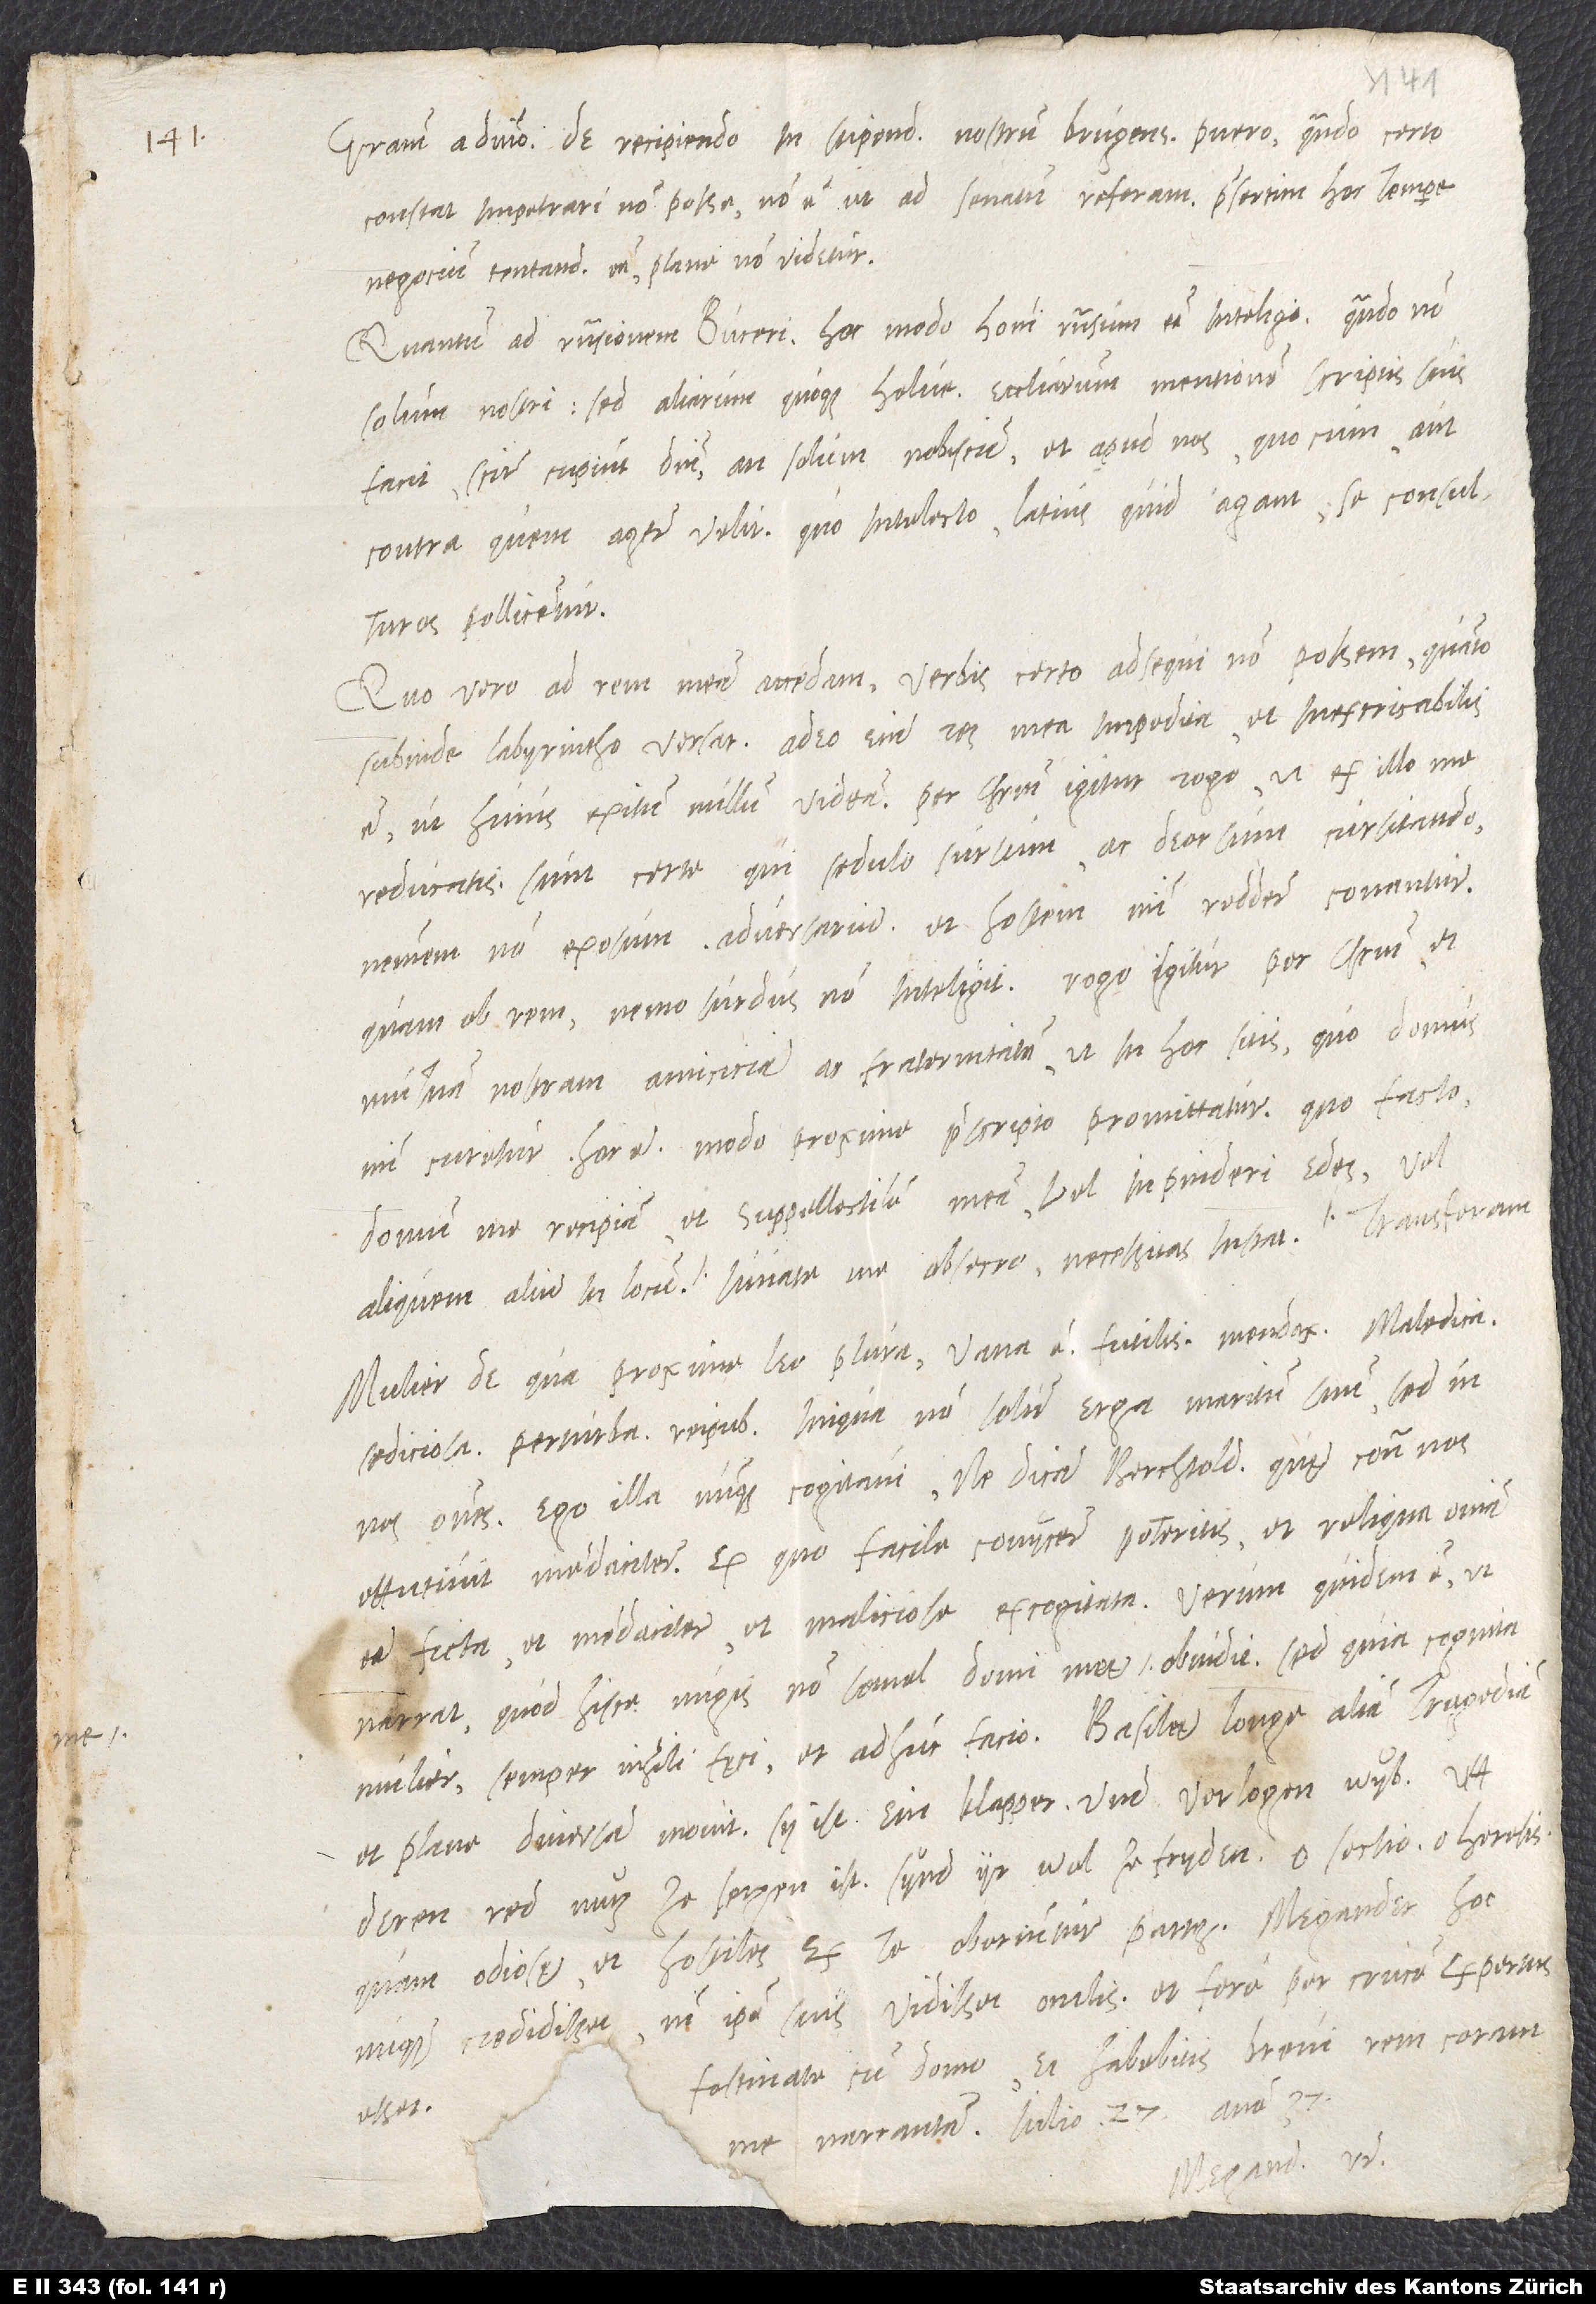
Gratiam a domino. De recipiendo in stipendium nostrum Brugense puero, quando certo
constat impetrari non posse, non est, ut ad senatum referam, praesertim hoc tempore.
Negocium tentandum esse plane non videtur.
Quantum ad responsionem Buceri, hoc modo homini responsum esse inteligo: Quando non
solum nostri, sed aliarum quoque Helve ecclesiarum mentionem scriptis suis
facit, scire cupiunt domini, an solum nobiscum et apud nos, quo cum aut
contra quem agere velit; quo intelecto latius, quid agant, se consulturos
Quo vero ad rem meam accedam: Verbis certo adsequi non possem, quanto
subinde labyrintho versat. Adeo enim res mea impedita et inextricabilis
est, ut huius exitum nullum videam. Per Christum igitur rogo, ut ex illo me
reducatis. Sunt certe, qui sedulo sursum ac deorsum cursitando
neminem non exosum adversarium et hostem mihi reddere conantur;
quam ob rem, nemo surdus non inteligit. Rogo igitur per Christum et
mutuam nostram amiciciam et fraternitatem, ut in hoc sitis, quo domus
mihi curetur, hoc est, modo proxime praescripto promittatur. Quo facto
domum me recipiam et suppellectilem meam vel in Pinderi edes vel
Mulier, de qua proxime Leo plura, vana est, futilis, mendax, maledica,
sediciosa, perturbareipublicae, iniqua non solum erga maritum suum, sed in
nos omnes. Ego illa nunquam cogitavi, ne dicam Berchtoldus, quae contra nos
effutivit mendaciter. Ex quo facile coniicere poteritis, et reliqua omnia
ficta et mendaciter et maliciose excogitata. Verum quidem est, ut
narrat, quod hisce nugis non semel domi meę obtudit. Sed quia cognita
mulier, semper nihili fęci et adhuc facio. Basileę longe aliam tragediam
et plane diversam movit. Sy ist ein klapper und verlogen wyb, uff
deren red nutz ze setzen ist. Synd yr wol ze fryden? O sectio, o heresis,
quam odiosae et hostiles ex te oboriuntur partes! Megander hoc
ipse suis vidisset oculis et fere per crucem expertus
nunquam credidisset,
Festinate cum domo, et habebitis brevi rem coram
esset.
me narrantem. Iulio 27. anno 37.
Megand. vester.